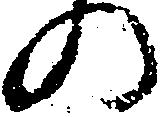
の